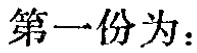
第一份为：